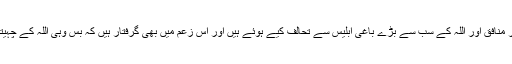
البتہ آج دنیا میں جن کو تفوق تمکن غلبہ اور اقتدار حاصل ہے وہ یا تو اللہ باغی ہیں یا پھر منافق اور اللہ کے سب سے بڑے باغی ابلیس سے تحالف کیے ہوئے ہیں اور اس زَعم میں بھی گرفتار ہیں کہ بس وہی اللہ کے چہیتے، دوست اور ولی ہیں اور باقی سب اُن کی چاکری کے لیے دنیا میں بھیجے گئے ہیں ۔